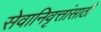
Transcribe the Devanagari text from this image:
सेवानिवृत्तांसाठी